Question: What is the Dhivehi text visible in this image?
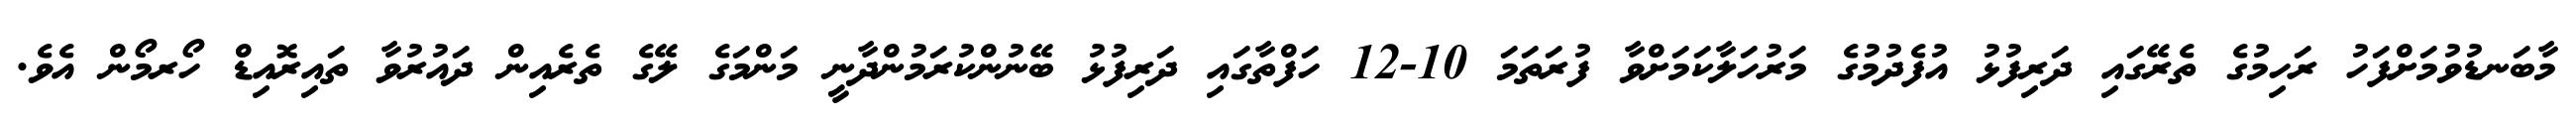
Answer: މާބަނޑުވުމަށްފަހު ރަހިމުގެ ތެރޭގައި ދަރިފުޅު އުފެދުމުގެ މަރުހަލާކަމަށްވާ ފުރަތަމަ 10-12 ހަފްތާގައި ދަރިފުޅު ބޭނުންކުރަމުންދާނީ މަންމަގެ ލޭގެ ތެރެއިން ދައުރުވާ ތައިރޮއިޑް ހޯރމޯން އެވެ.